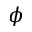
\phi